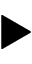
\blacktriangleright